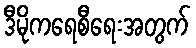
ဒီမိုကရေစီရေးအတွက်